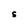
Character: S